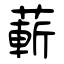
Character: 蔪